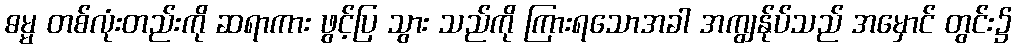
ဓမ္မ တစ်လုံးတည်းကို ဆရာကား ဖွင့်ပြ သွား သည်ကို ကြားရသောအခါ အကျွန်ုပ်သည် အမှောင် တွင်း၌